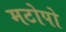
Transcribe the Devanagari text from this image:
मटोपो